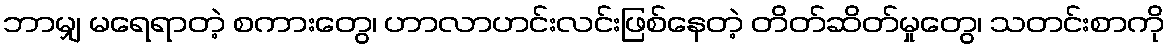
ဘာမျှ မရေရာတဲ့ စကားတွေ၊ ဟာလာဟင်းလင်းဖြစ်နေတဲ့ တိတ်ဆိတ်မှုတွေ၊ သတင်းစာကို